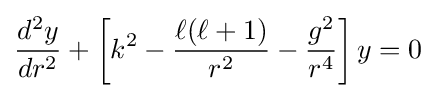
{\frac {d^{2}y}{dr^{2}}}+\left[k^{2}-{\frac {\ell (\ell +1)}{r^{2}}}-{\frac {g^{2}}{r^{4}}}\right]y=0